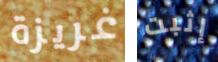
غريزة إثبت